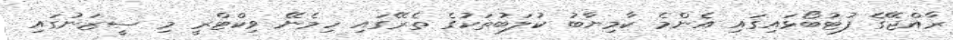
ރާއްޖޭގެ ފުޓުބޯޅައިގައި އެންމެ ކާމިޔާބު ކުލަބުތަކުގެ ތެރޭގައި ހިމެނޭ ވިކްޓްރީ މި ސީޒަނުގައި